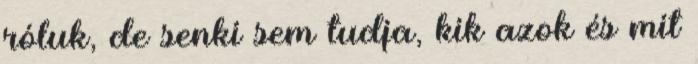
róluk, de senki sem tudja, kik azok és mit